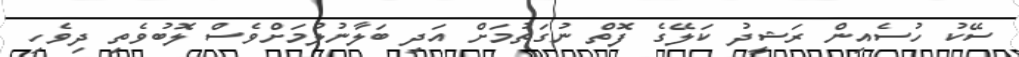
ސޭކު ހުސެއިން ރަޝީދު ކަލޭގެ ފޮތް ނުގަތުމަށް އަދި ބަލާނުލުމަށްވެސް ލޮބުވެތި ދިވެހި